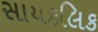
સાયકલિક